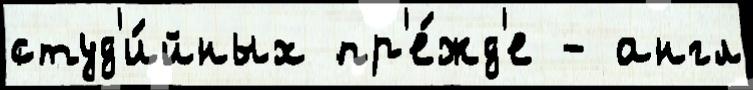
студ'и́йных пр'е́жд'е - англ